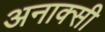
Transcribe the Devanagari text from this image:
अनाक्सी